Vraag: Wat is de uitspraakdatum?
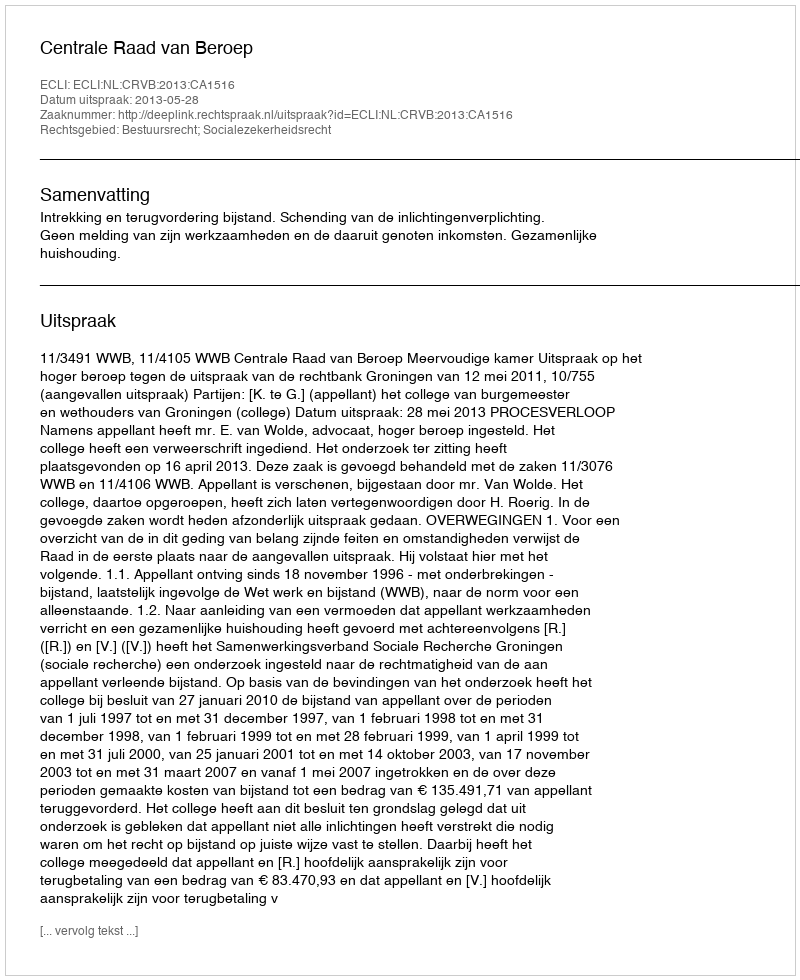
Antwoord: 2013-05-28